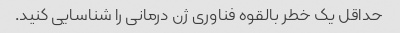
حداقل یک خطر بالقوه فناوری ژن درمانی را شناسایی کنید.